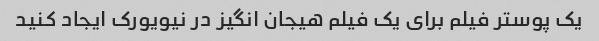
یک پوستر فیلم برای یک فیلم هیجان انگیز در نیویورک ایجاد کنید